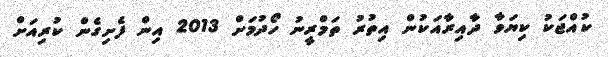
ކުއްޖަކު ކިޔަވާ ދާއިރާއަކުން އިތުރު ތަމްރީނު ހޯދުމަށް 2013 އިން ފެށިގެން ކުރިއަށް